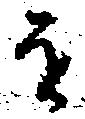
を